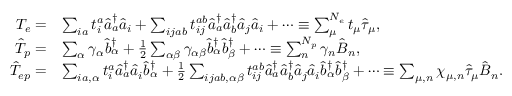
\begin{array} { r l } { T _ { e } = } & { \sum _ { i a } t _ { i } ^ { a } \hat { a } _ { a } ^ { \dag } \hat { a } _ { i } + \sum _ { i j a b } t _ { i j } ^ { a b } \hat { a } _ { a } ^ { \dag } \hat { a } _ { b } ^ { \dag } \hat { a } _ { j } \hat { a } _ { i } + \cdots \equiv \sum _ { \mu } ^ { N _ { e } } t _ { \mu } \hat { \tau } _ { \mu } , } \\ { \quad \hat { T } _ { p } = } & { \sum _ { \alpha } \gamma _ { \alpha } \hat { b } _ { \alpha } ^ { \dag } + \frac { 1 } { 2 } \sum _ { \alpha \beta } \gamma _ { \alpha \beta } \hat { b } _ { \alpha } ^ { \dag } \hat { b } _ { \beta } ^ { \dag } + \cdots \equiv \sum _ { n } ^ { N _ { p } } \gamma _ { n } \hat { B } _ { n } , } \\ { \quad \hat { T } _ { e p } = } & { \sum _ { i a , \alpha } t _ { i } ^ { a } \hat { a } _ { a } ^ { \dag } \hat { a } _ { i } \hat { b } _ { \alpha } ^ { \dag } + \frac { 1 } { 2 } \sum _ { i j a b , \alpha \beta } t _ { i j } ^ { a b } \hat { a } _ { a } ^ { \dag } \hat { a } _ { b } ^ { \dag } \hat { a } _ { j } \hat { a } _ { i } \hat { b } _ { \alpha } ^ { \dag } \hat { b } _ { \beta } ^ { \dag } + \cdots \equiv \sum _ { \mu , n } \chi _ { \mu , n } \hat { \tau } _ { \mu } \hat { B } _ { n } . } \end{array}